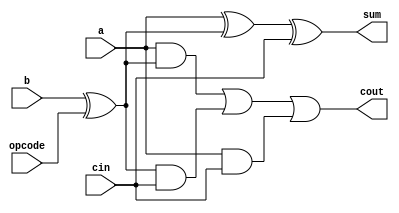
module one_bit_adder_subtractor (a, b, cin, opcode, sum, cout);

   // Taking inputs
   input a, b, cin;
   input opcode;   // 0 for Adder and  1 for Subtractor

   // Intermediate carry
   wire int;

   // Outputs
   output wire sum, cout;

   // Combinational logic for the module
   assign int = b ^ opcode;
   assign sum = a ^ int ^ cin;
   assign cout = (a & int) | (int & cin) | (a & cin); 

endmodule